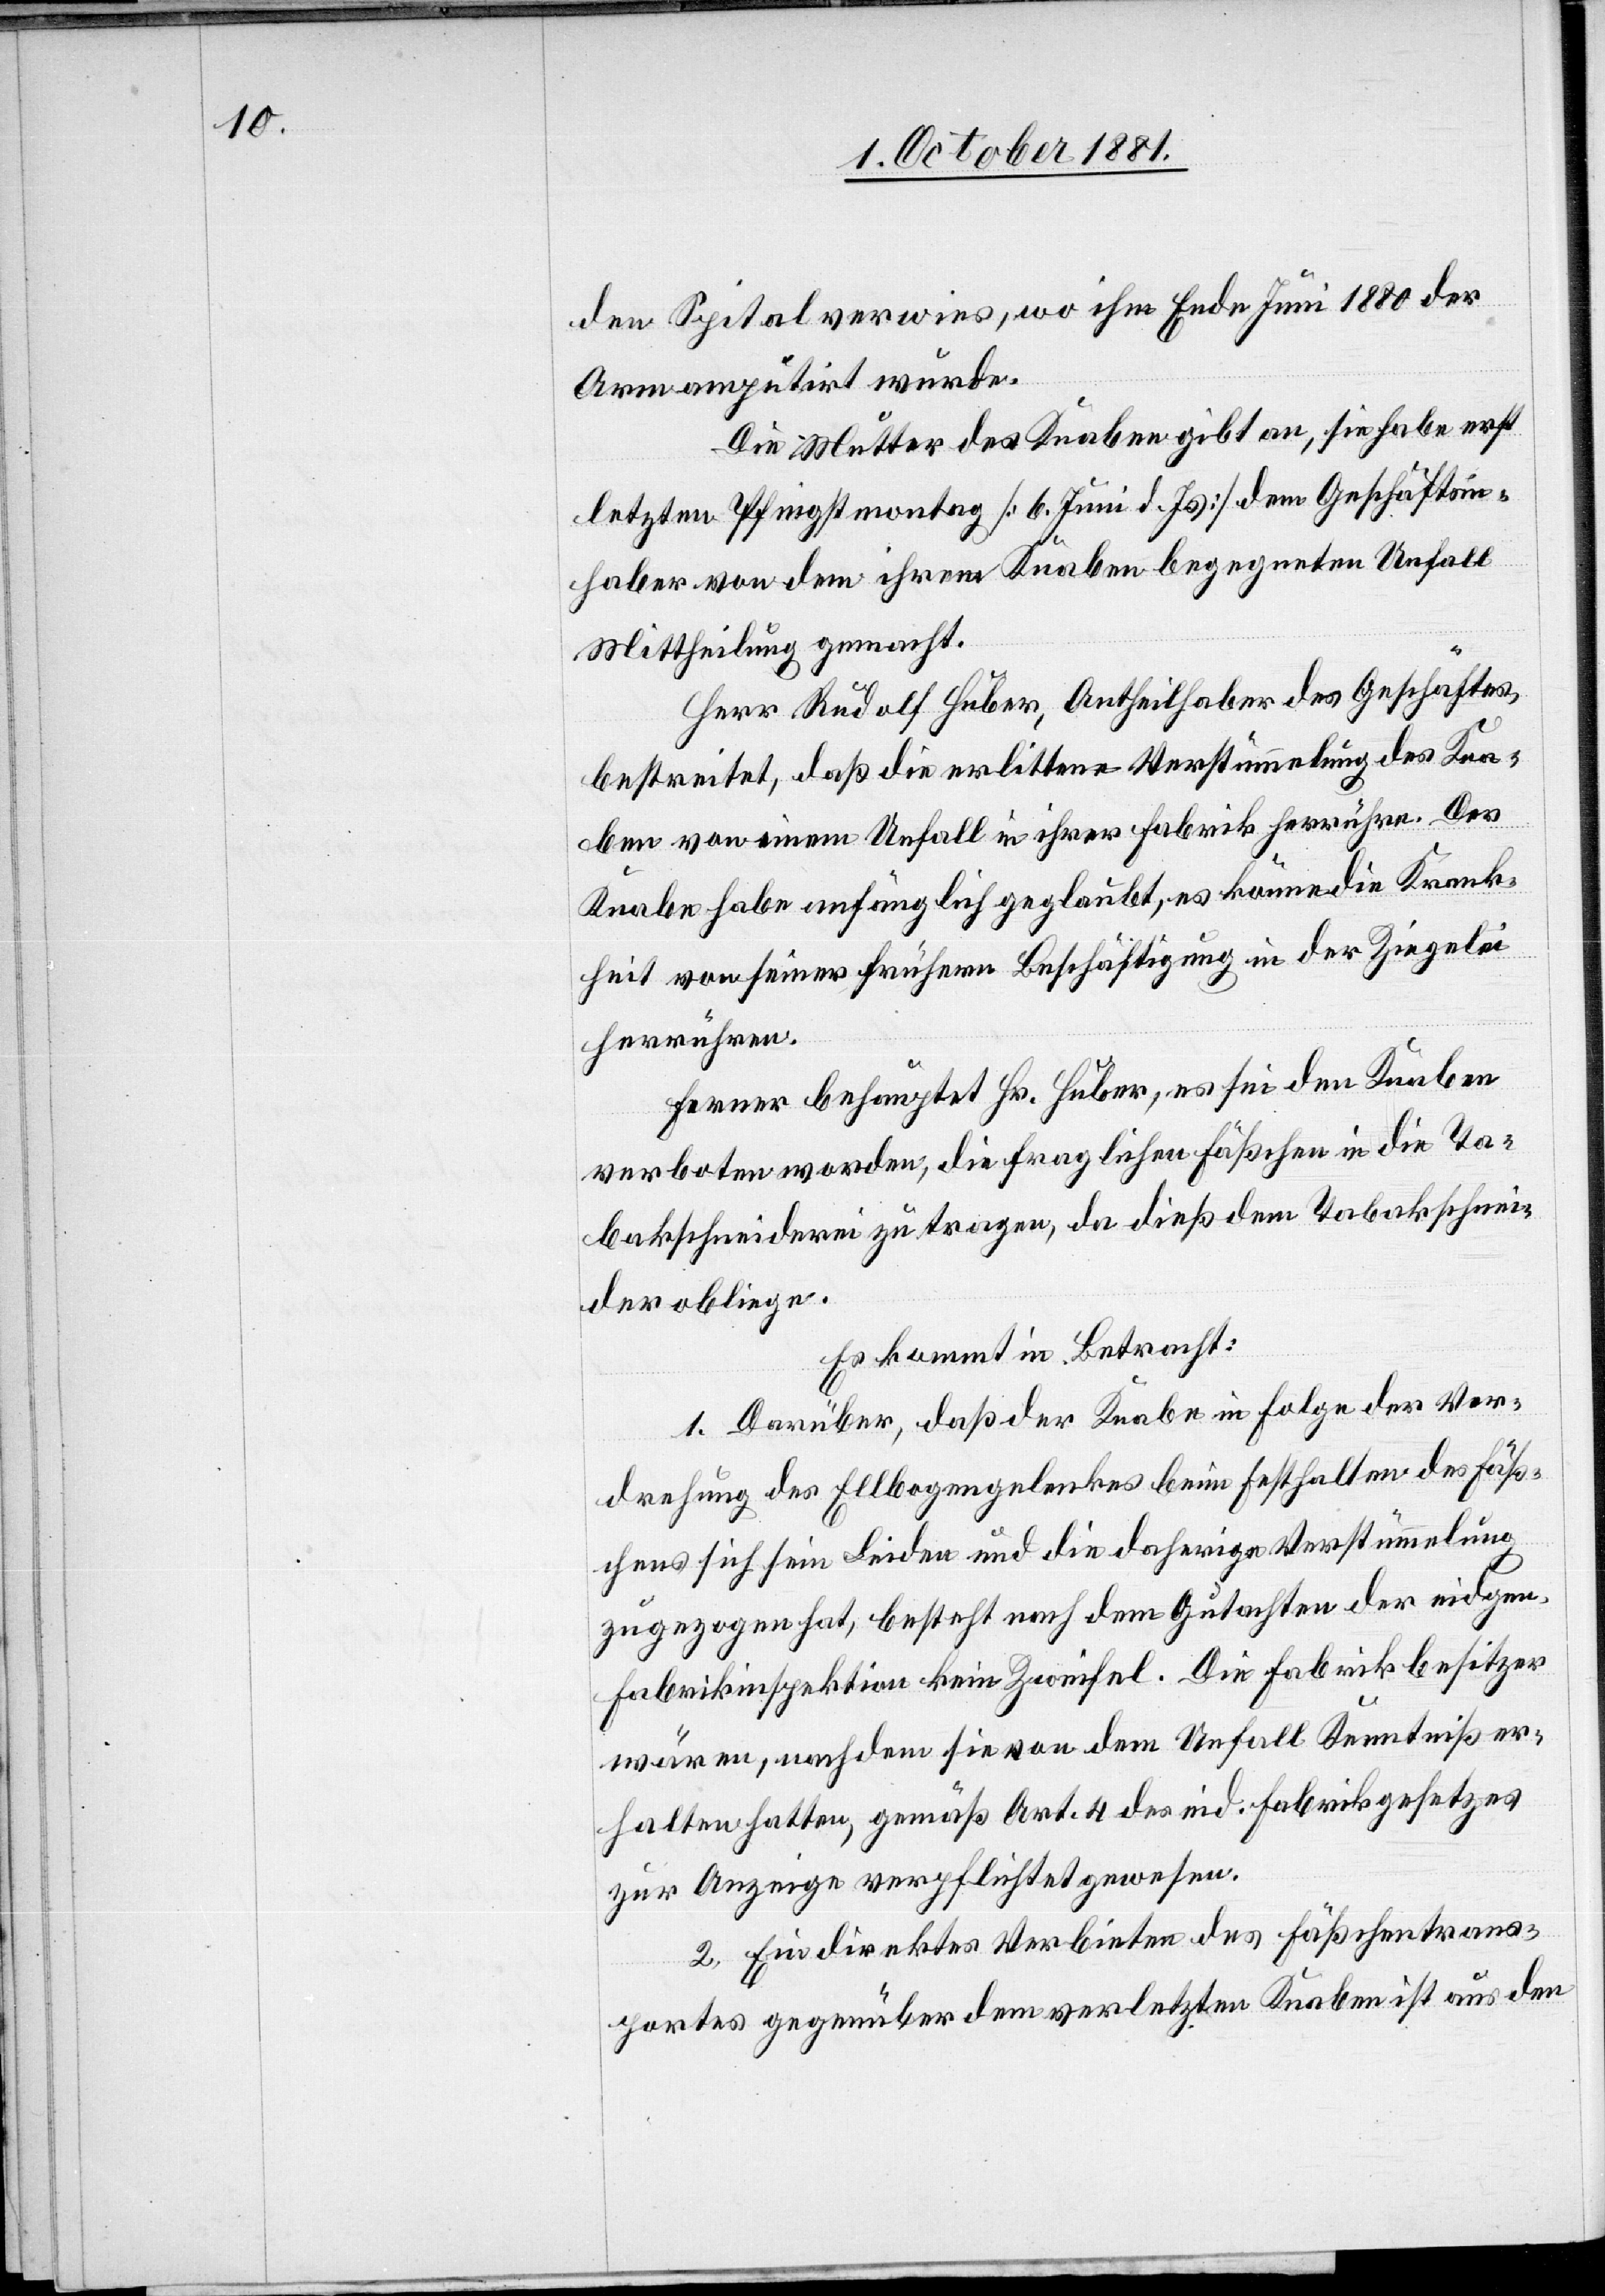
den Spital verwies, wo ihm Ende Juni 1880 der
Arm amputirt wurde.
Die Mutter des Knaben gibt an, sie habe erst
letzten Pfingstmontag [6. Juni d. Js.] dem Geschäftsin¬
haber von dem ihrem Knaben begegneten Unfall
Mittheilung gemacht.
Herr Rudolf Huber, Antheilhaber des Geschäftes,
bestreitet, daß die erlittene Verstümmelung des Kna¬
ben von einem Unfall in ihrer Fabrik herrühre. Der
Knabe habe anfänglich geglaubt, es könne die Krank¬
heit von seiner frühern Beschäftigung in der Ziegelei
herrühren.
Ferner behauptet Hr. Huber, es sei den Knaben
verboten worden, die fraglichen Fäßchen in die Ta¬
bakschneiderei zu tragen, da dieß dem Tabakschnei¬
der obliege.
Es kommt in Betracht:
1. Darüber, daß der Knabe in Folge der Ver¬
drehung des Ellbogengelenkes beim Festhalten des Fäß¬
chens sich sein Leiden und die daherige Verstümmelung
zugezogen hat, besteht nach dem Gutachten der eidgen.
Fabrikinspektion kein Zweifel. Die Fabrikbesitzer
wären, nachdem sie von dem Unfall Kenntniß er¬
halten hatten, gemäß Art. 4 des eid. Fabrikgesetzes
zur Anzeige verpflichtet gewesen.
2. Ein direktes Verbieten des Fäßchentrans¬
portes gegenüber dem verletzten Knaben ist aus den